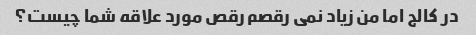
در کالج اما من زیاد نمی رقصم رقص مورد علاقه شما چیست؟